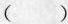
( )